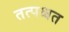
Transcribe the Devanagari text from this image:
तत्पश्चत